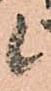
候